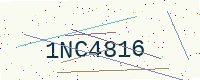
Text: 1NC4816